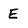
Character: E